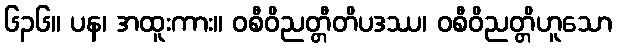
၆၃၆။ ပန၊ အထူးကား။ ဝစီဝိညတ္တီတိပဒဿ၊ ဝစီဝိညတ္တိဟူသော